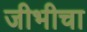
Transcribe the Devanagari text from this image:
जीभीचा